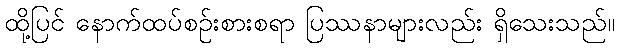
ထို့ပြင် နောက်ထပ်စဉ်းစားစရာ ပြဿနာများလည်း ရှိသေးသည်။